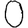
Digit: 0